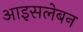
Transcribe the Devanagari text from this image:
आइसलेबन